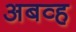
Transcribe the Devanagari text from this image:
अबव्ह